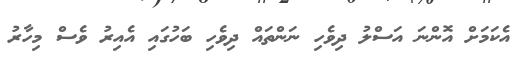
އެކަމަށް އޮންނަ އަސްލު ދިވެހި ނަންތައް ދިވެހި ބަހުގައި އެއިރު ވެސް މިހާރު